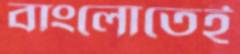
বাংলোতেই